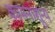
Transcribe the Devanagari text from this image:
कामनाशून्य